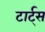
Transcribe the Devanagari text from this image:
टार्ट्‌स